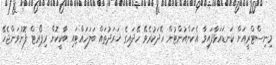
މިނިސްޓްރީއަށް ކަނޑައަޅާފައިވާ އެކަންއުންޓުން ހޭދަކުރެވޭ ހޭދައިގެ ޚަރަދުތައް ބަލަހައްޓައި ބާކީކޮށް ރިޕޯރޓް ފޮނުވަންޖެހޭ